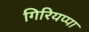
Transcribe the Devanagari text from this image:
गिरियप्पा